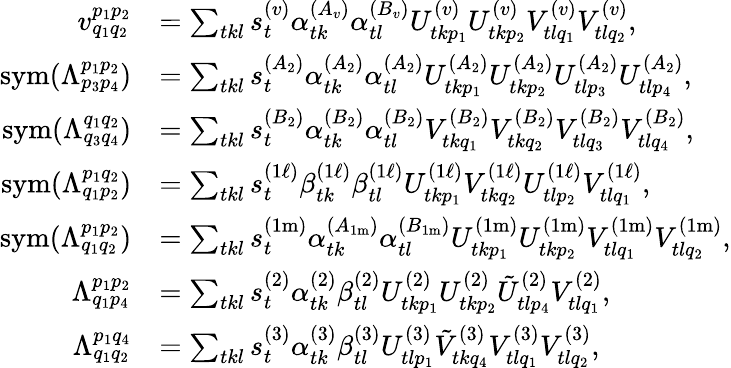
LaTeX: \begin{array}{rl}{v_{q_{1}q_{2}}^{p_{1}p_{2}}}&{=\sum_{tkl}s_{t}^{(v)}\alpha_{tk}^{(A_{v})}\alpha_{tl}^{(B_{v})}U_{tkp_{1}}^{(v)}U_{tkp_{2}}^{(v)}V_{tlq_{1}}^{(v)}V_{tlq_{2}}^{(v)},}\\ {\mathrm{sym}(\Lambda_{p_{3}p_{4}}^{p_{1}p_{2}})}&{=\sum_{tkl}s_{t}^{(A_{2})}\alpha_{tk}^{(A_{2})}\alpha_{tl}^{(A_{2})}U_{tkp_{1}}^{(A_{2})}U_{tkp_{2}}^{(A_{2})}U_{tlp_{3}}^{(A_{2})}U_{tlp_{4}}^{(A_{2})},}\\ {\mathrm{sym}(\Lambda_{q_{3}q_{4}}^{q_{1}q_{2}})}&{=\sum_{tkl}s_{t}^{(B_{2})}\alpha_{tk}^{(B_{2})}\alpha_{tl}^{(B_{2})}V_{tkq_{1}}^{(B_{2})}V_{tkq_{2}}^{(B_{2})}V_{tlq_{3}}^{(B_{2})}V_{tlq_{4}}^{(B_{2})},}\\ {\mathrm{sym}(\Lambda_{q_{1}p_{2}}^{p_{1}q_{2}})}&{=\sum_{tkl}s_{t}^{(1\ell)}\beta_{tk}^{(1\ell)}\beta_{tl}^{(1\ell)}U_{tkp_{1}}^{(1\ell)}V_{tkq_{2}}^{(1\ell)}U_{tlp_{2}}^{(1\ell)}V_{tlq_{1}}^{(1\ell)},}\\ {\mathrm{sym}(\Lambda_{q_{1}q_{2}}^{p_{1}p_{2}})}&{=\sum_{tkl}s_{t}^{(1\mathrm{m})}\alpha_{tk}^{(A_{1\mathrm{m}})}\alpha_{tl}^{(B_{1\mathrm{m}})}U_{tkp_{1}}^{(1\mathrm{m})}U_{tkp_{2}}^{(1\mathrm{m})}V_{tlq_{1}}^{(1\mathrm{m})}V_{tlq_{2}}^{(1\mathrm{m})},}\\ {\Lambda_{q_{1}p_{4}}^{p_{1}p_{2}}}&{=\sum_{tkl}s_{t}^{(2)}\alpha_{tk}^{(2)}\beta_{tl}^{(2)}U_{tkp_{1}}^{(2)}U_{tkp_{2}}^{(2)}\tilde{U}_{tlp_{4}}^{(2)}V_{tlq_{1}}^{(2)},}\\ {\Lambda_{q_{1}q_{2}}^{p_{1}q_{4}}}&{=\sum_{tkl}s_{t}^{(3)}\alpha_{tk}^{(3)}\beta_{tl}^{(3)}U_{tlp_{1}}^{(3)}\tilde{V}_{tkq_{4}}^{(3)}V_{tlq_{1}}^{(3)}V_{tlq_{2}}^{(3)},}\end{array}